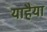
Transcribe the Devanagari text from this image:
याहैया